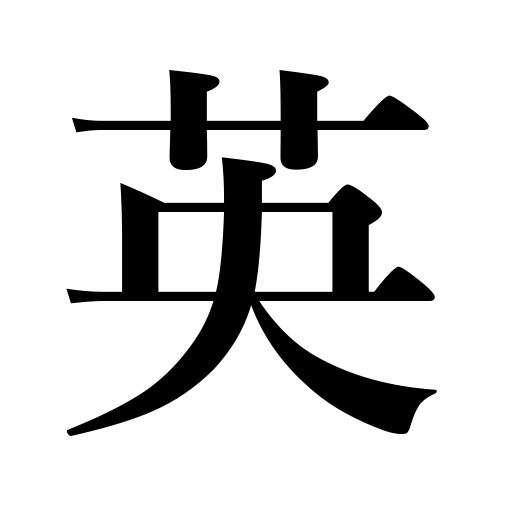
Meanings: Britain,gifted person,England,wit